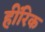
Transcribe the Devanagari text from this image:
हींरिक